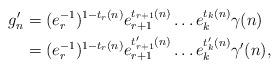
LaTeX: \begin{align*}g_n' &= (e_r^{-1})^{1-t_r(n)} e_{r+1}^{t_{r+1}(n)} \dots e_k^{t_k(n)} \gamma(n) \\&= (e_r^{-1})^{1-t_r(n)} e_{r+1}^{t_{r+1}'(n)} \dots e_k^{t'_k(n)} \gamma'(n),\end{align*}